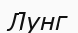
Лунг